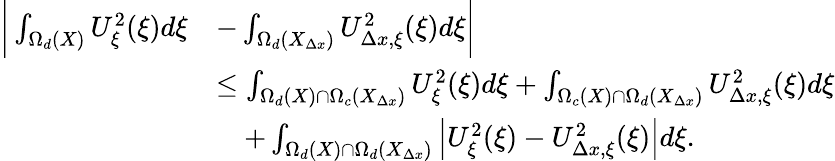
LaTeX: \begin{array}{rl}{\bigg|\int_{\Omega_{d}(X)}U_{\xi}^{2}(\xi)d\xi}&{-\int_{\Omega_{d}(X_{\Delta x})}U_{\Delta x,\xi}^{2}(\xi)d\xi\bigg|}\\ &{\leq\int_{\Omega_{d}(X)\cap\Omega_{c}(X_{\Delta x})}U_{\xi}^{2}(\xi)d\xi+\int_{\Omega_{c}(X)\cap\Omega_{d}(X_{\Delta x})}U_{\Delta x,\xi}^{2}(\xi)d\xi}\\ &{\quad+\int_{\Omega_{d}(X)\cap\Omega_{d}(X_{\Delta x})}\left|U_{\xi}^{2}(\xi)-U_{\Delta x,\xi}^{2}(\xi)\right|d\xi.}\end{array}